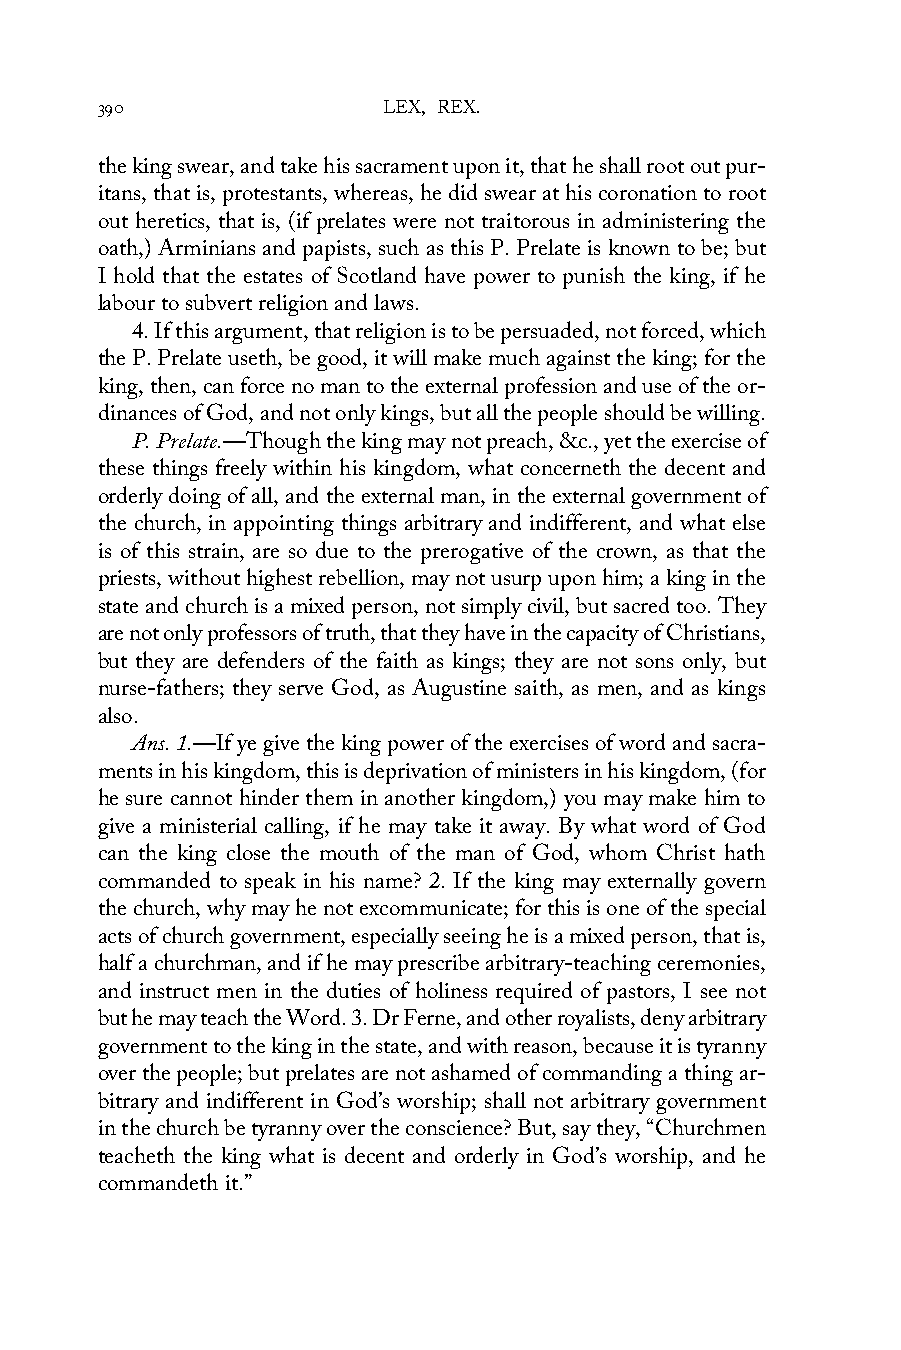
390                LEX, REX.
 the king swear, and take his sacrament upon it, that he shall root out pur-
 itans, that is, protestants, whereas, he did swear at his coronation to root
 out heretics, that is, (if prelates were not traitorous in administering the
 oath,) Arminians and papists, such as this P. Prelate is known to be; but
 I hold that the estates of Scotland have power to punish the king, if he
 labour to subvert religion and laws.
 4. If this argument, that religion is to be persuaded, not forced, which
 the P. Prelate useth, be good, it will make much against the king; for the
 king, then, can force no man to the external profession and use of the or-
 dinances of God, and not only kings, but all the people should be willing.
 P. Prelate.—Though the king may not preach, &c., yet the exercise of
 these things freely within his kingdom, what concerneth the decent and
 orderly doing of all, and the external man, in the external government of
 the church, in appointing things arbitrary and indifferent, and what else
 is of this strain, are so due to the prerogative of the crown, as that the
 priests, without highest rebellion, may not usurp upon him; a king in the
 state and church is a mixed person, not simply civil, but sacred too. They
 are not only professors of truth, that they have in the capacity of Christians,
 but they are defenders of the faith as kings; they are not sons only, but
 nurse-fathers; they serve God, as Augustine saith, as men, and as kings
 also.
 Ans. 1.—If ye give the king power of the exercises of word and sacra-
 ments in his kingdom, this is deprivation of ministers in his kingdom, (for
 he sure cannot hinder them in another kingdom,) you may make him to
 give a ministerial calling, if he may take it away. By what word of God
 can the king close the mouth of the man of God, whom Christ hath
 commanded to speak in his name? 2. If the king may externally govern
 the church, why may he not excommunicate; for this is one of the special
 acts of church government, especially seeing he is a mixed person, that is,
 half a churchman, and if he may prescribe arbitrary-teaching ceremonies,
 and instruct men in the duties of holiness required of pastors, I see not
 but he may teach the Word. 3. Dr Ferne, and other royalists, deny arbitrary
 government to the king in the state, and with reason, because it is tyranny
 over the people; but prelates are not ashamed of commanding a thing ar-
 bitrary and indifferent in God’s worship; shall not arbitrary government
 in the church be tyranny over the conscience? But, say they, “Churchmen
 teacheth the king what is decent and orderly in God’s worship, and he
 commandeth it.”